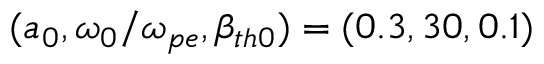
( a _ { 0 } , \omega _ { 0 } / \omega _ { p e } , \beta _ { t h 0 } ) = ( 0 . 3 , 3 0 , 0 . 1 )